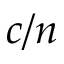
c / n